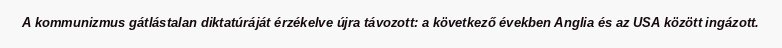
A kommunizmus gátlástalan diktatúráját érzékelve újra távozott: a következő években Anglia és az USA között ingázott.